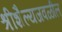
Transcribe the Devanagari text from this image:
श्रीशैल्यजवळील